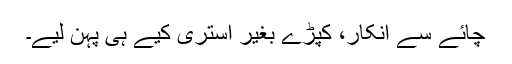
چائے سے انکار، کپڑے بغیر استری کیے ہی پہن لیے۔